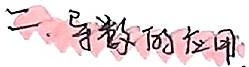
二、导数的应用